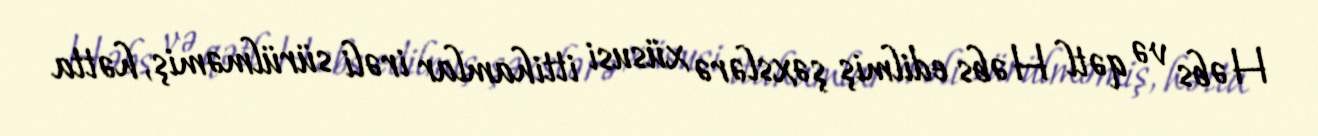
Həbs və qətl Həbs edilmiş şəxslərə xüsusi ittihamlar irəli sürülməmiş, hətta